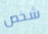
شخص